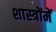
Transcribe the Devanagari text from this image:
शास्‍त्रोंमें